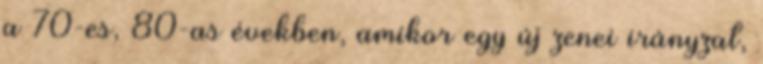
a 70-es, 80-as években, amikor egy új zenei irányzat,